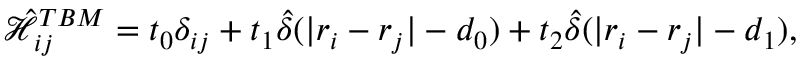
\mathcal { \hat { H } } _ { i j } ^ { T B M } = t _ { 0 } \delta _ { i j } + t _ { 1 } \hat { \delta } ( \vert \boldsymbol { r } _ { i } - \boldsymbol { r } _ { j } \vert - d _ { 0 } ) + t _ { 2 } \hat { \delta } ( \vert \boldsymbol { r } _ { i } - \boldsymbol { r } _ { j } \vert - d _ { 1 } ) ,